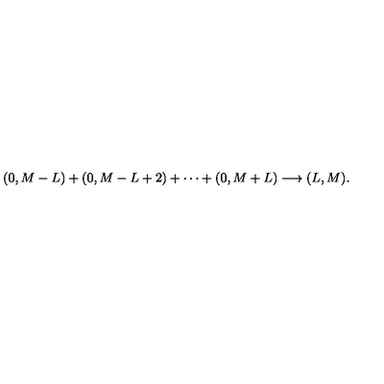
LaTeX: ( 0 , M - L ) + ( 0 , M - L + 2 ) + \cdots + ( 0 , M + L ) \longrightarrow ( L , M ) .